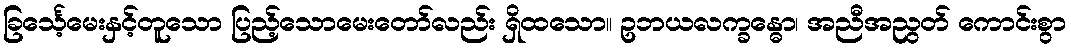
ခြင်္သေ့မေးနှင့်တူသော ပြည့်သောမေးတော်လည်း ရှိထသော။ ဥဘယလက္ခန္ဓော၊ အညီအညွတ် ကောင်းစွာ